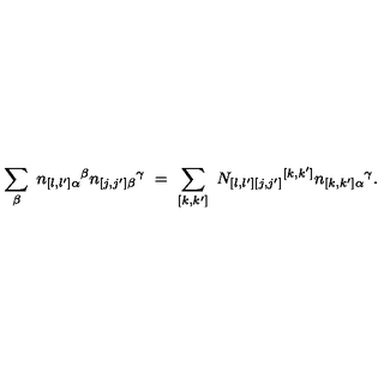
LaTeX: \sum _ { \beta } \ n _ { [ l , l ^ { \prime } ] \alpha } { } ^ { \beta } n _ { [ j , j ^ { \prime } ] \beta } { } ^ { \gamma } \ = \ \sum _ { [ k , k ^ { \prime } ] } \ N _ { [ l , l ^ { \prime } ] [ j , j ^ { \prime } ] } { } ^ { [ k , k ^ { \prime } ] } n _ { [ k , k ^ { \prime } ] \alpha } { } ^ { \gamma } .